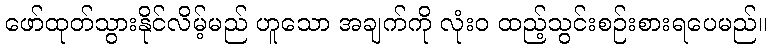
ဖော်ထုတ်သွားနိုင်လိမ့်မည် ဟူသော အချက်ကို လုံးဝ ထည့်သွင်းစဉ်းစားရပေမည်။